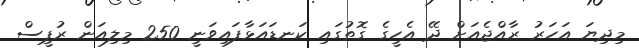
މިދިޔަ އަހަރު ރާއްޖެއަށް ދޭ އެހީގެ ގޮތުގައި ކަނޑައަޅާފައިވަނީ 250 މިލިއަން ރުޕީސް